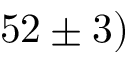
5 2 \pm 3 )